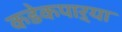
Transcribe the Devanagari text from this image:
कडेकपाऱ्या